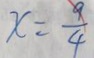
x = \frac { 9 } { 4 }